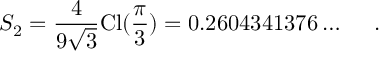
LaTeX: S _ { 2 } = \frac { 4 } { 9 \sqrt { 3 } } \mathrm { C l } ( \frac { \pi } { 3 } ) = 0 . 2 6 0 4 3 4 1 3 7 6 \ldots ~ ~ ~ ~ .